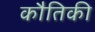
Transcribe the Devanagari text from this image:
कौतिकी